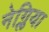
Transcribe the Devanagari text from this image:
नेग्लिया